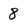
Character: 8